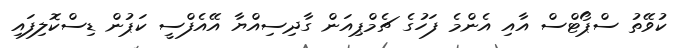
ކުވޭތު ސްޕޯޓްސް އާއި އެންމެ ފަހުގެ ޗެމްޕިއަން ގާދިސިއްޔާ އޭއެފްސީ ކަޕުން ޑިސްކޮލިފައި